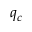
q _ { c }